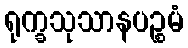
ရုက္ခသုသာနပဉ္စမံ